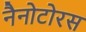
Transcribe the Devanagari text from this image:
नैनोटोरस